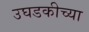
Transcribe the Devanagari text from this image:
उघडकीच्या